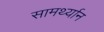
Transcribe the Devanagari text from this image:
सामर्थ्‍यान